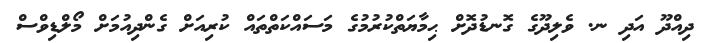
ދިއްދޫ އަދި ނ. ވެލިދޫގެ ގޮނޑުދޮށް ޙިމާޔަތްކުރުމުގެ މަސައްކަތްތައް ކުރިއަށް ގެންދިއުމަށް މޯލްޑިވްސް